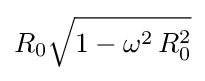
R_{0}{\sqrt {1-\omega ^{2}\,R_{0}^{2}}}